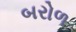
બરોળ